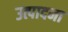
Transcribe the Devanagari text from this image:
उत्पादना